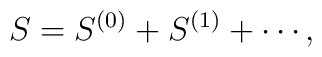
S=S^{(0)}+S^{(1)}+\cdots ,